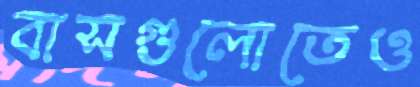
বাসগুলোতেও